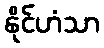
နိုင်ဟံသာ